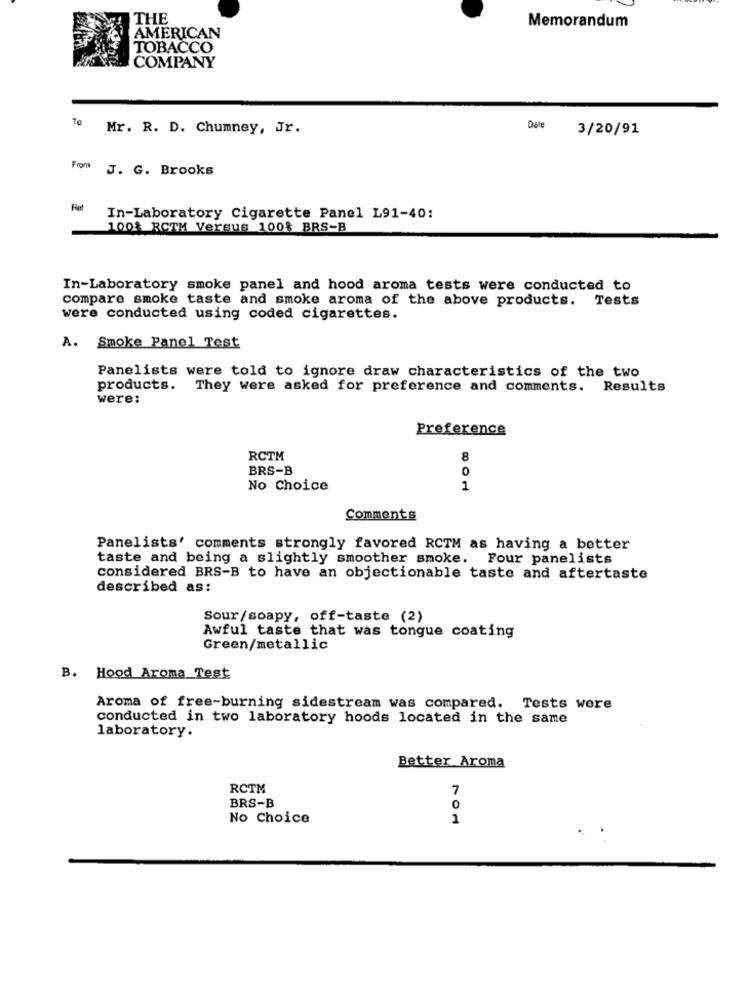
THE
Memorandum
AMERICAN
TOBACCO
COMPANY
To
Mr. R. D. Chumney, Jr.
Date
3/20/91
From J. G. Brooks
Fet
In-Laboratory Cigarette Panel L91-40:
100% RCTM Versus 100% BRS-B
In-Laboratory smoke panel and hood aroma tests were conducted to
compare smoke taste and smoke aroma of the above products. Tests
were conducted using coded cigarettes.
A. Smoke Panel Test
Panelists were told to ignore draw characteristics of the two
products. They were asked for preference and comments. Results
were:
Preference
RCTM
8
BRS-B
0
No Choice
1
Comments
Panelists' comments strongly favored RCTM as having a better
taste and being a slightly smoother smoke. Four panelists
considered BRS-B to have an objectionable taste and aftertaste
described as:
Sour/soapy, off-taste (2)
Awful taste that was tongue coating
Green/metallic
B. Hood Aroma Test
Aroma of free-burning sidestream was compared. Tests were
conducted in two laboratory hoods located in the same
laboratory.
Better Aroma
RCTM
7
BRS-B
0
No Choice
1